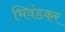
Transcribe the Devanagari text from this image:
भिवंडकर